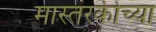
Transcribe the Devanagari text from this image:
मास्तरकीच्या